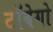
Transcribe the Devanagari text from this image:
टॉबेगो